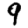
Digit: 9